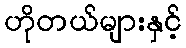
ဟိုတယ်များနှင့်